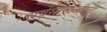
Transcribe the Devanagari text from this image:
सर्वसामान्यंप्रती